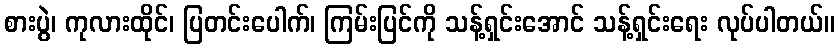
စားပွဲ၊ ကုလားထိုင်၊ ပြတင်းပေါက်၊ ကြမ်းပြင်ကို သန့်ရှင်းအောင် သန့်ရှင်းရေး လုပ်ပါတယ်။